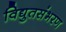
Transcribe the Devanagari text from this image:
विद्युतसंभरण